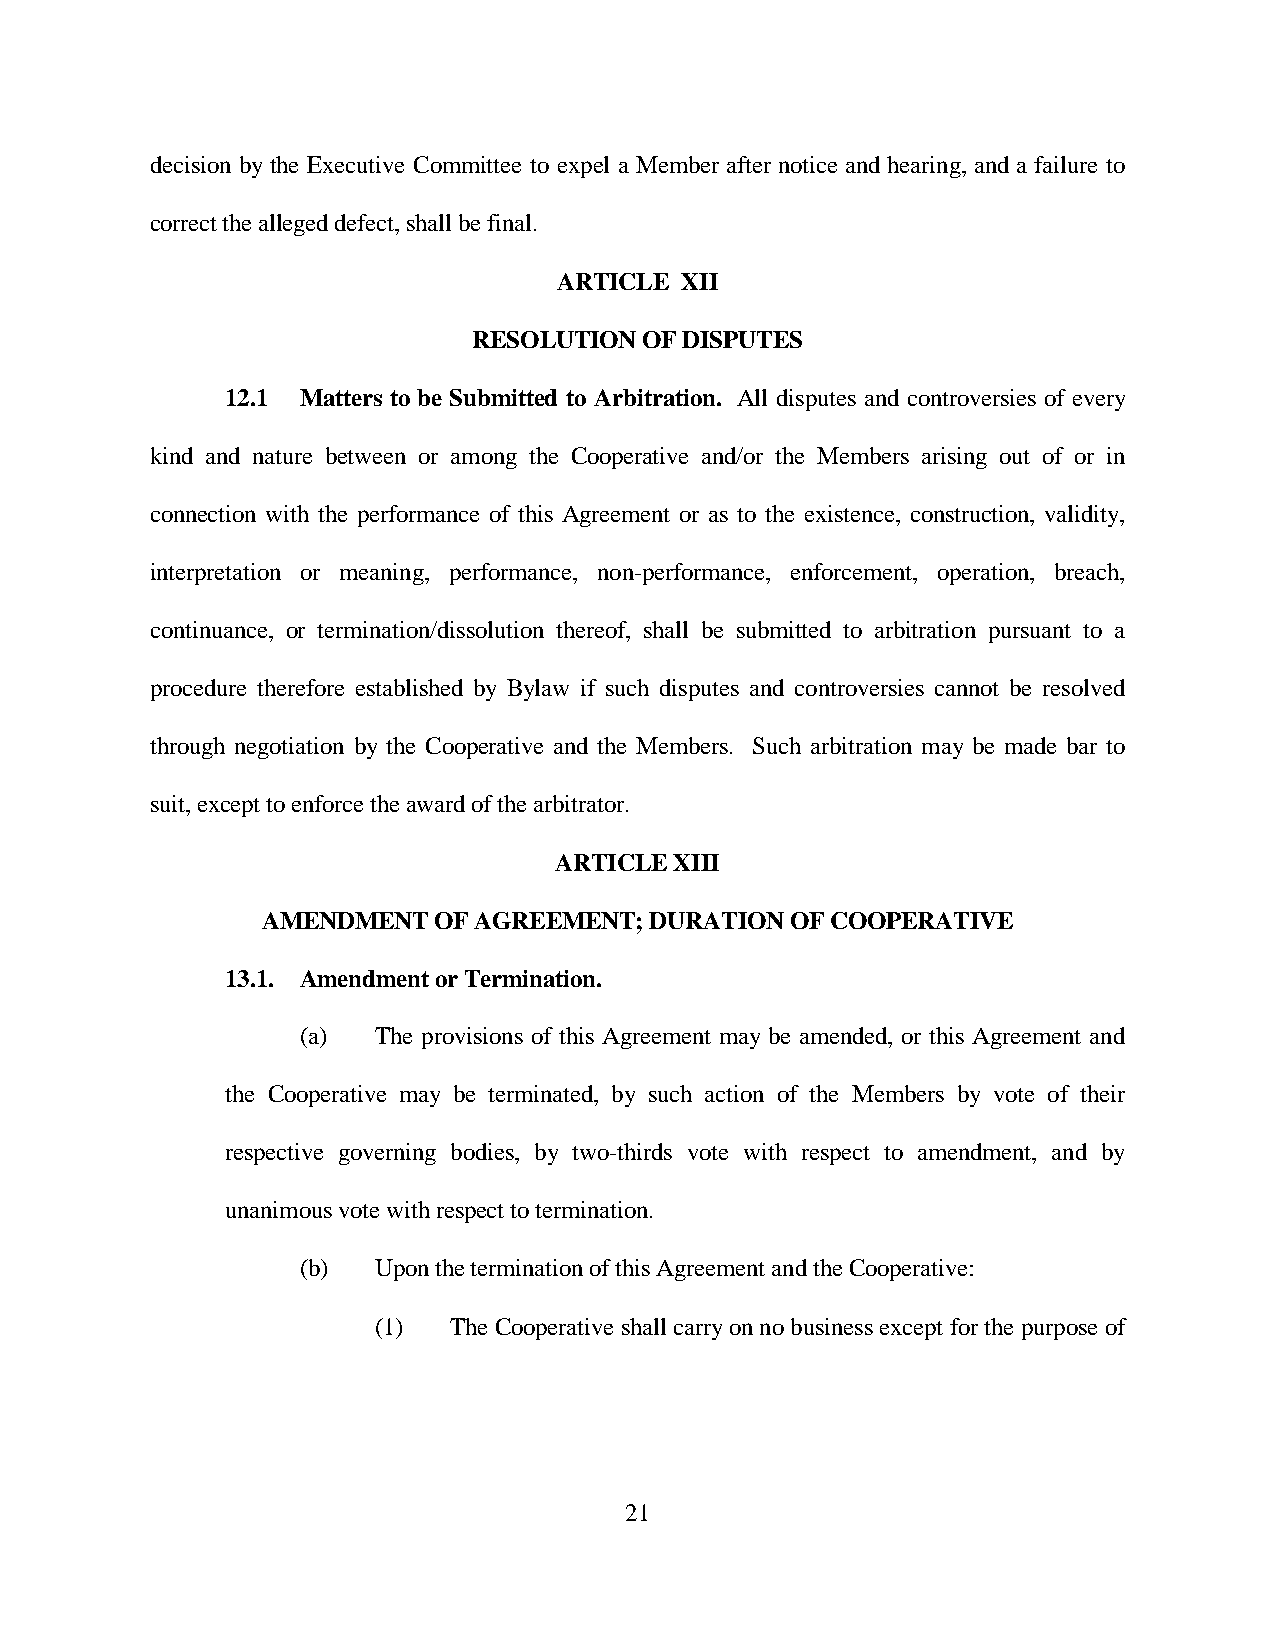
decision by the Executive Committee to expel a Member after notice and hearing, and a failure to
 correct the alleged defect, shall be final.
 ARTICLE XII
 RESOLUTION  OF DISPUTES
 12.1 Matters to be Submitted to Arbitration. All disputes and controversies of every
 kind and nature between or among the Cooperative and/or the Members arising out of or in
 connection with the performance of this Agreement or as to the existence, construction, validity,
 interpretation or meaning, performance, non-performance, enforcement, operation, breach,
 continuance, or termination/dissolution thereof, shall be submitted to arbitration pursuant to a
 procedure therefore established by Bylaw if such disputes and controversies cannot be resolved
 through negotiation by the Cooperative and the Members. Such arbitration may be made bar to
 suit, except to enforce the award of the arbitrator.
 ARTICLE XIII
 AMENDMENT   OF AGREEMENT; DURATION OF COOPERATIVE
 13.1. Amendment or Termination.
 (a)  The provisions of this Agreement may be amended, or this Agreement and
 the Cooperative may be terminated, by such action of the Members by vote of their
 respective governing bodies, by two-thirds vote with respect to amendment, and by
 unanimous vote with respect to termination.
 (b)  Upon the termination of this Agreement and the Cooperative:
 (1)  The Cooperative shall carry on no business except for the purpose of
 21